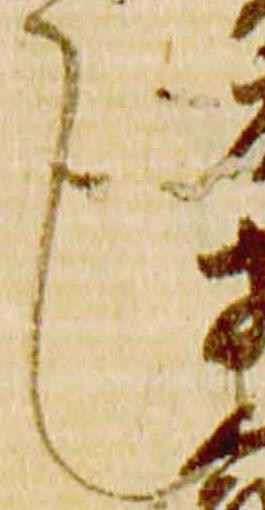
也